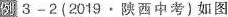
例 3-2 （2019 . 陕西中考）如图